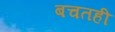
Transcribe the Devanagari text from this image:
बचतही